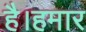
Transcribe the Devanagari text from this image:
है।हमार